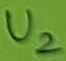
Text: U2